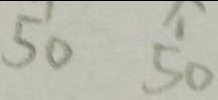
5 0 5 0